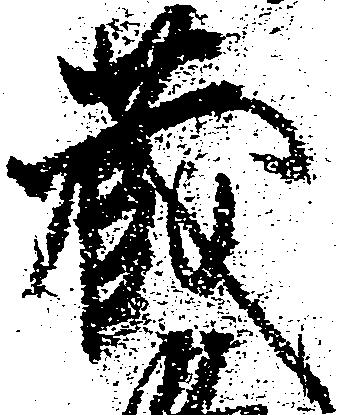
蔵